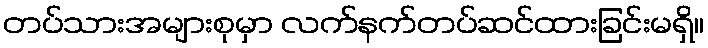
တပ်သားအများစုမှာ လက်နက်တပ်ဆင်ထားခြင်းမရှိ။